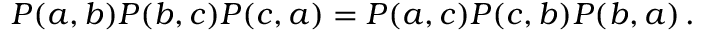
P ( a , b ) P ( b , c ) P ( c , a ) = P ( a , c ) P ( c , b ) P ( b , a ) \, .